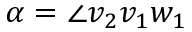
{ \alpha = \angle v _ { 2 } v _ { 1 } w _ { 1 } }